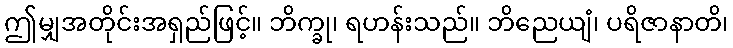
ဤမျှအတိုင်းအရှည်ဖြင့်။ ဘိက္ခု၊ ရဟန်းသည်။ ဘိညေယျံ၊ ပရိဇာနာတိ၊